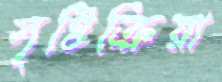
সৃষ্টিক্রিয়া